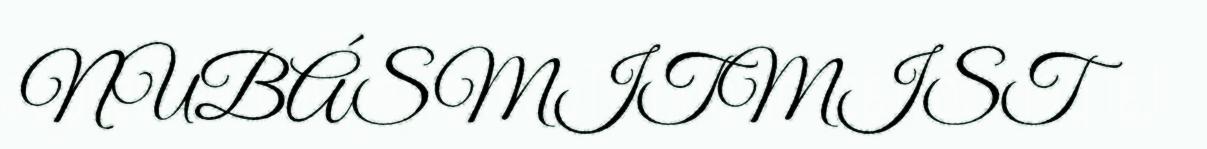
NUBÁSMITMIST